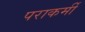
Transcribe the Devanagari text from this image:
पराकर्मी